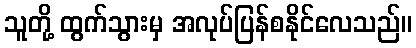
သူတို့ ထွက်သွားမှ အလုပ်ပြန်စနိုင်လေသည်။